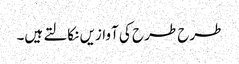
طرح طرح کی آوازیں نکالتے ہیں۔